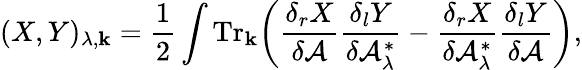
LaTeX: (X,Y)_{\lambda,{\mathbf k}}=\frac{1}{2}\int{\mathrm{Tr}}_{\mathbf k}\bigg({\frac{\delta_{r}X}{\delta{\cal A}}}{\frac{\delta_{l}Y}{\delta{\cal A}_{\lambda}^{*}}}-{\frac{\delta_{r}X}{\delta{\cal A}_{\lambda}^{*}}}{\frac{\delta_{l}Y}{\delta{\cal A}}}\bigg),